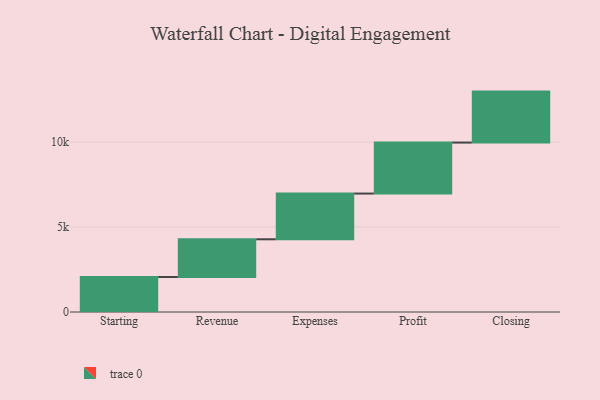
{"axis": {"x": "Step", "y": "Value"}, "legend": [""], "data": [{"x": "Starting", "y": 2058.0, "type": ""}, {"x": "Revenue", "y": 2221.0, "type": ""}, {"x": "Expenses", "y": 2691.0, "type": ""}, {"x": "Profit", "y": 3000, "type": ""}, {"x": "Closing", "y": 3000, "type": ""}]}